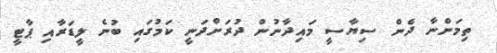
ތިމަންނާ ދެން ސިޔާސީ މައިދާނުން ދުރަށްދަނީ ކަމުގައި ބުނެ ލީޑަރާއި ޕާޓީ